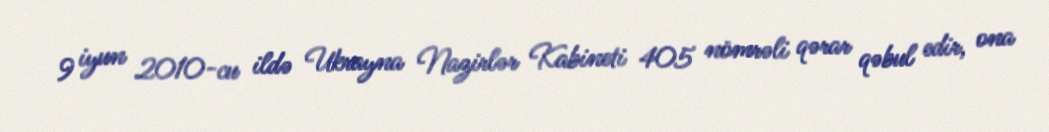
9 iyun 2010-cu ildə Ukrayna Nazirlər Kabineti 405 nömrəli qərar qəbul edir, ona